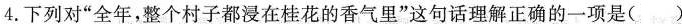
4.下列对”全年，整个村子都浸在桂花的香气里”这句话理解正确的一项是( )